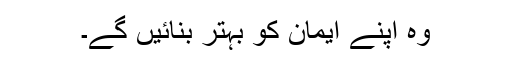
وہ اپنے ایمان کو بہتر بنائیں گے۔